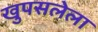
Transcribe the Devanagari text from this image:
खुपसलेला